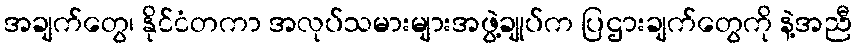
အချက်တွေ၊ နိုင်ငံတကာ အလုပ်သမားများအဖွဲ့ချုပ်က ပြဌားချက်တွေကို နဲ့အညီ